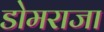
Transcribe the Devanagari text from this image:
डोमराजा